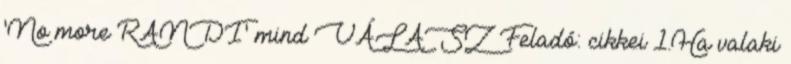
'No more RANDI' mind VÁLASZ Feladó: cikkei 1.Ha valaki